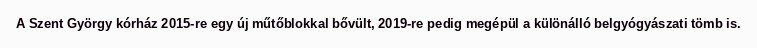
A Szent György kórház 2015-re egy új műtőblokkal bővült, 2019-re pedig megépül a különálló belgyógyászati tömb is.